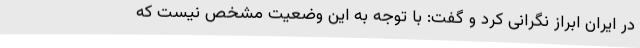
در ایران ابراز نگرانی کرد و گفت: با توجه به این وضعیت مشخص نیست که